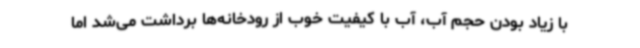
با زیاد بودن حجم آب، آب با کیفیت خوب از رودخانه‌ها برداشت می‌شد اما